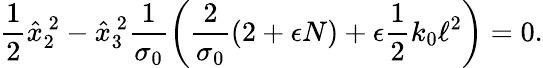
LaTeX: \frac{1}{2}\hat{x}_{2}^{~2}-\hat{x}_{3}^{~2}\frac{1}{\sigma_{0}}\left(\frac{2}{\sigma_{0}}(2+\epsilon N)+\epsilon\frac{1}{2}k_{0}\ell^{2}\right)=0.